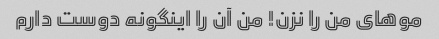
موهای من را نزن! من آن را اینگونه دوست دارم